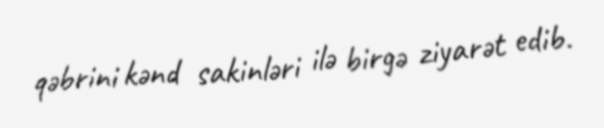
qəbrini kənd sakinləri ilə birgə ziyarət edib.